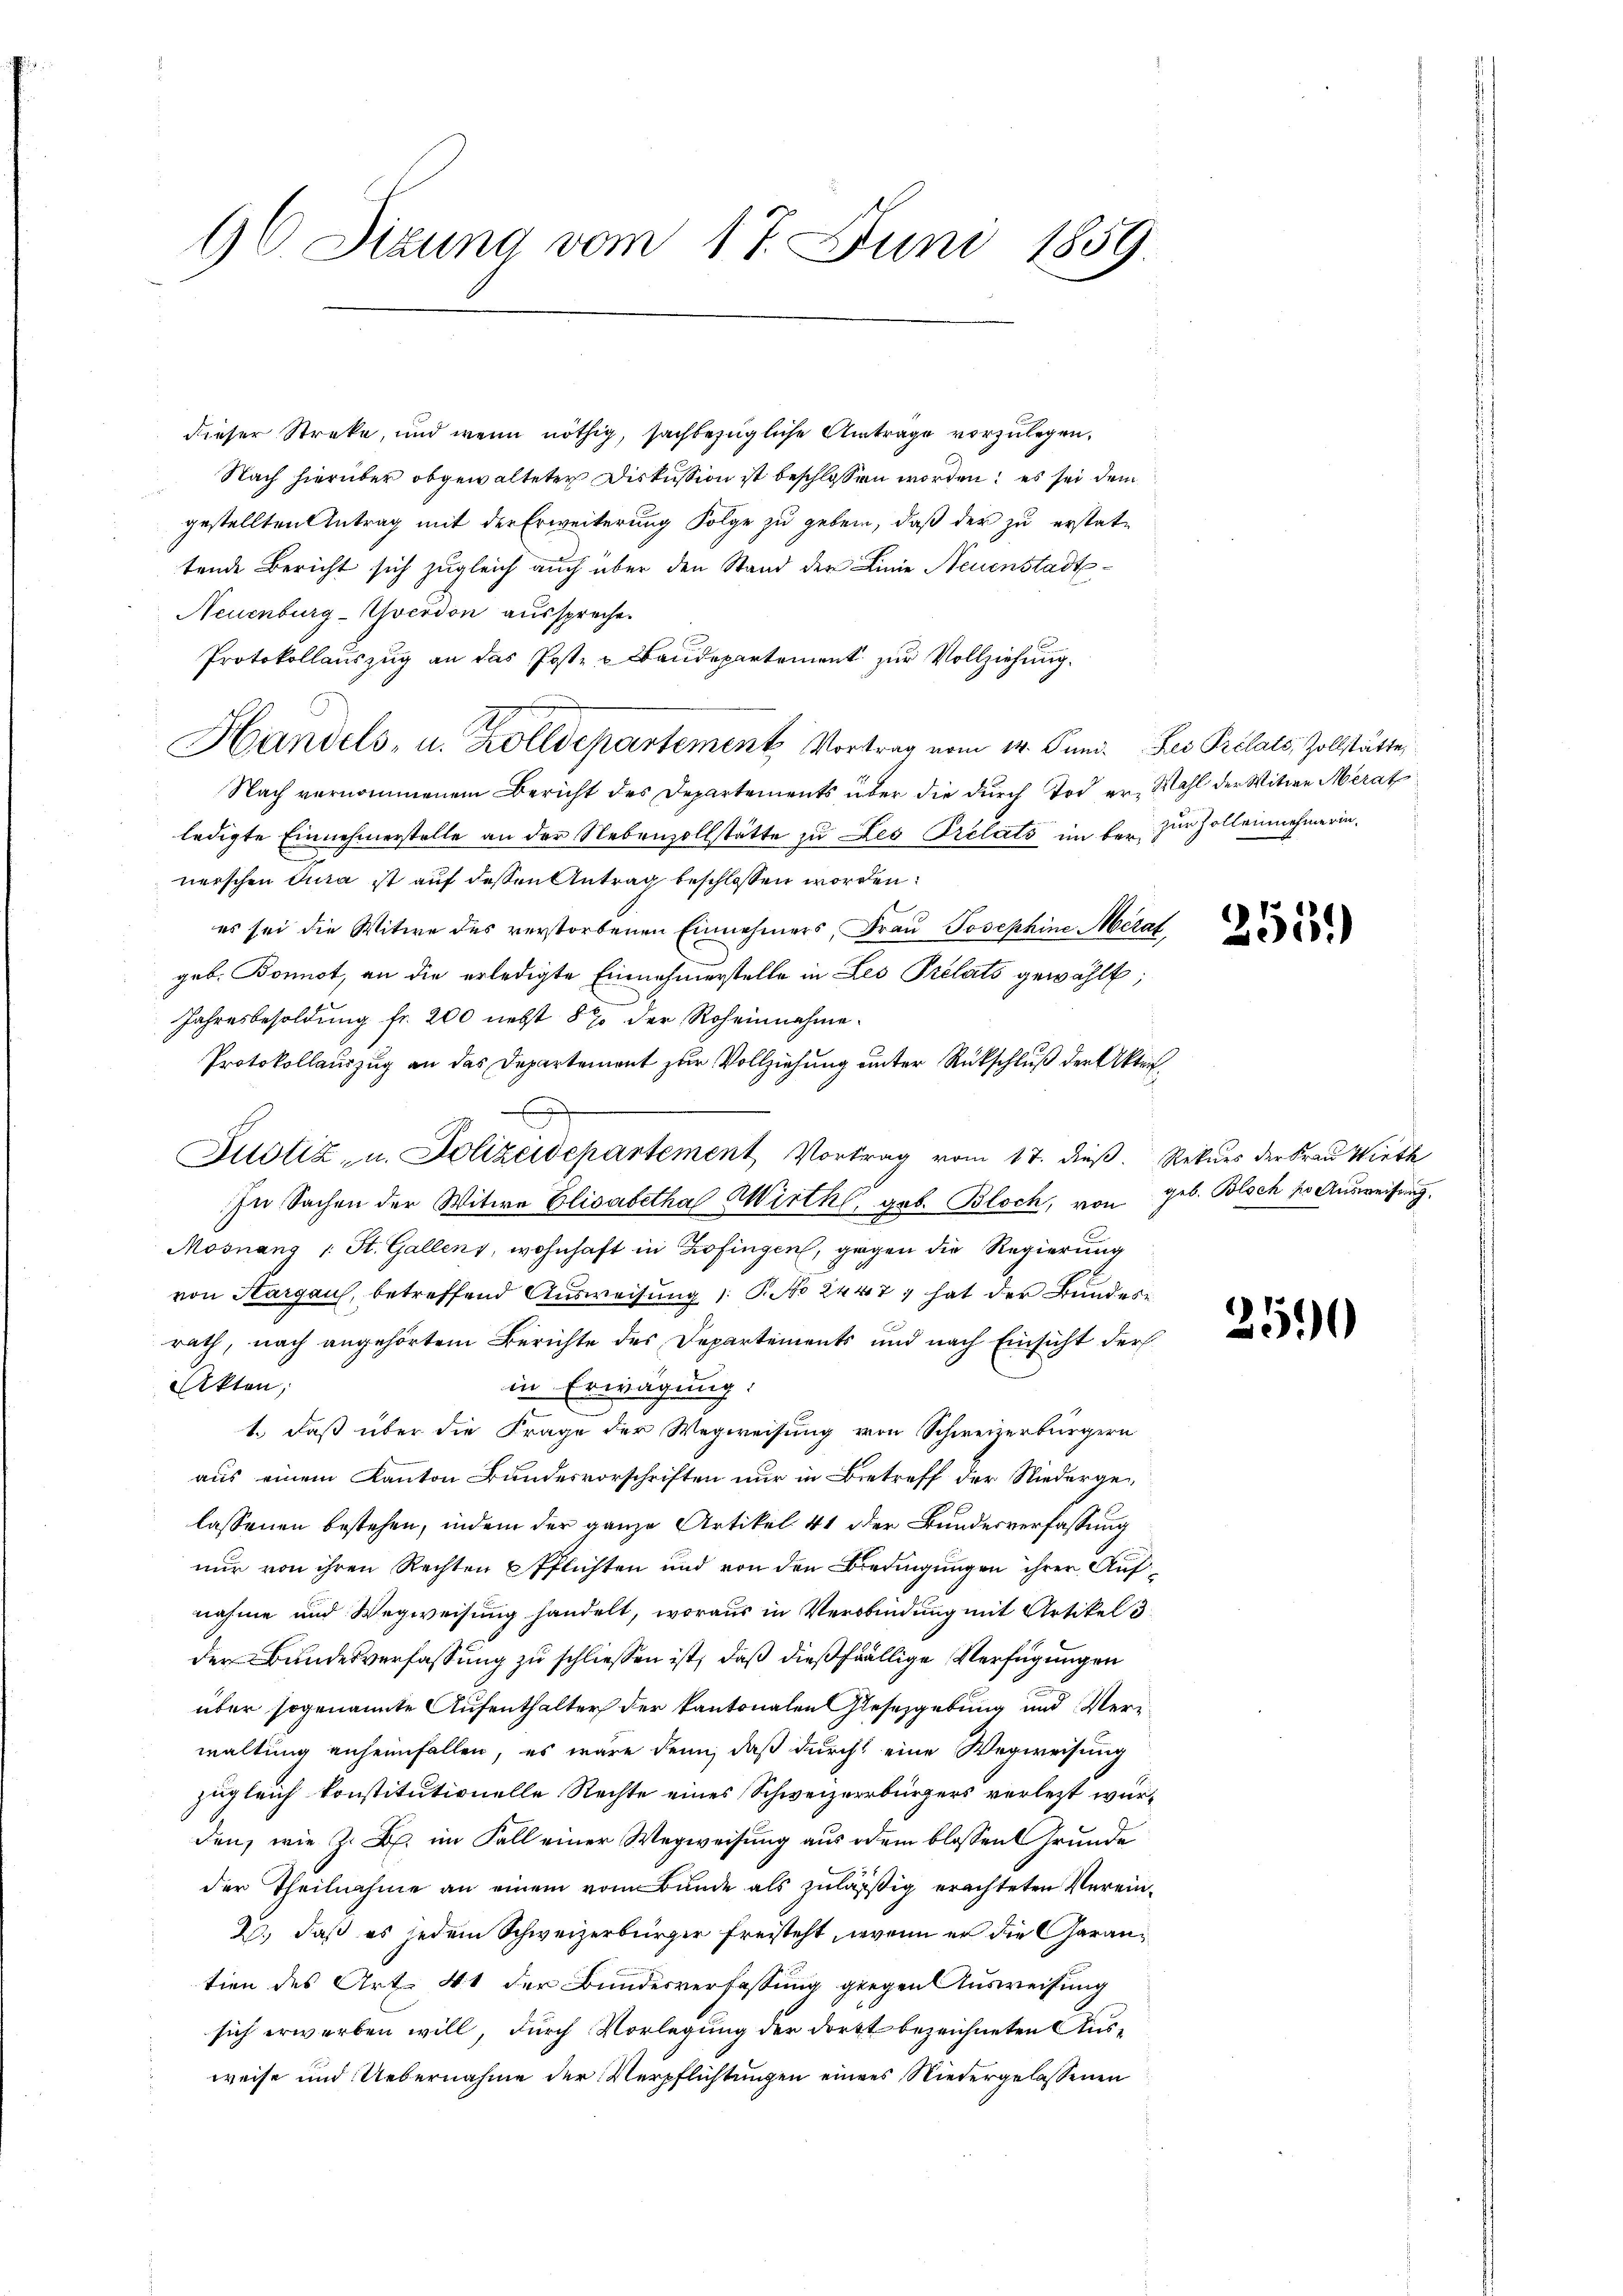
96. Sizung vom 17. Juni 1859.

dieser Streke, und wenn nöthig, sachbezügliche Antrage vorzulegen,
Nach hierüber obgewalteter Diskussion ist beschlossen worden; es sei dem
gestellten Antrag mit der Erweiterung Folge zu geben, daß der zu erstattende Bericht sich zugleich auch über den Stand der Linie Neuenstadt¬
Neuenburg-Yverdon ausspreche.
Protokollauszug an das Post- u Baudepartement zur Vollziehung.
Handels- u. Zolldepartement Vortrag vom 14. Juni. Bei Prélats, Zollstätte,
Nach vernommenem Bericht des Departements über die durch Tod er, Wahl der Witwe Merat
ledigte Einnehmerstelle an der Nebenzollstätte zu Les Prélats im bei zur Zollenehmerinnerschen Jura ist auf dessen Antrag beschlossen worden:
es sei die Witwe des verstorbenen Einnehmers, Frau Josephine Metal
geb. Bonnot, an die erledigte Einnahmerstelle in Les Prelats gewählt;
Jahresbesoldung fr. 200 nebst 5% der Roheinnahme
Protokollauszug an das Departement zur Vollziehung unter Rückschluß der Akten¬
Justiz- u. Polizeidepartement, Vortrag vom 17. dieß. Rekurs der Frau Wirth
In Sachen der Witwe Elisabetha Wirthl, geb. Bloch, von geb. Bloch so Ausweisung,
Mosnang (: St. Gallenz, wohnhaft in Zofingen, gegen die Regierung
von Hargau, betreffend Ausweisung 1. P. No 2447; hat der Bundesrath, nach angehörtem Berichte des Departements und nach Einsicht der
Akten,
in Erwägung:
1. daß über die Frage der Wegweisung von Schweizerbürgern
aus einem Kanton Bundesvorschriften nur in Betreff der Niedergelassenen bestehen, indem der ganze Artikel 41 der Bundesverfassung
nur von ihren Rechten Pflichten und von den Bedingungen ihrer Aufnahme und Wegweisung handelt, woraus in Verbindung mit Artikel 3
der Bundesverfassung zu schliessen ist, daß dießfällige Verfügungen
über sogenannte Aufenthalter der kantonalen Gesetzgebung und Ver-
waltung anheimfallen, es wäre denn, daß durch eine Wegweisung
zugleich konstitutionelle Rechte eines Schweizerbürgers verletzt wurden, wie z. B. im Fall einer Wegweisung aus dem blossen Grunde
der Theilnahme an einem vom Bunde als zulässig erachteten Verein¬
2., daß es jedem Schweizerbürger freisteht, wenn er die Garantion des Art. 41 der Bundesverfassung gegen Ausweisung
sich erwerben will, durch Vorlegung der dortt bezeichneten Ausweise und Uebernahme der Verpflichtungen eines Niedergelassenen

255.)

25.0